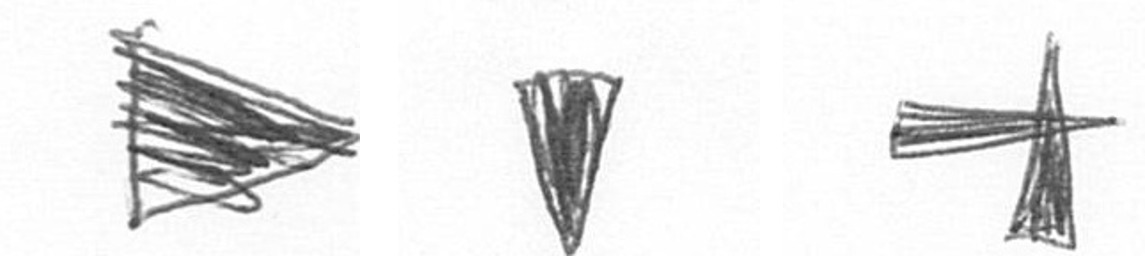
T J G